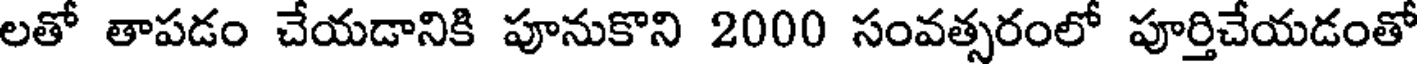
లతో తాపడం చేయడానికి పూనుకొని 2000 సంవత్సరంలో పూర్తిచేయడంతో